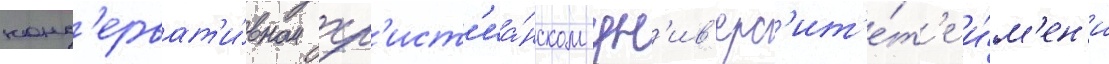
конс'ерват'и́вном хр'ист'иа́нском ун'ив'ерс'ит'е́т'е и́м'ен'и